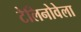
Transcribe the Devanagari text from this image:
टेलिनोवेला